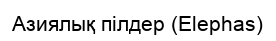
Азиялық пілдер (Elephas)